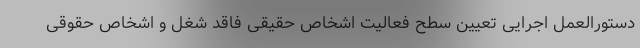
دستورالعمل اجرایی تعیین سطح فعالیت اشخاص حقیقی فاقد شغل و اشخاص حقوقی